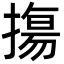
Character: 摥